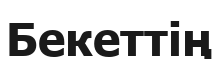
Бекеттің